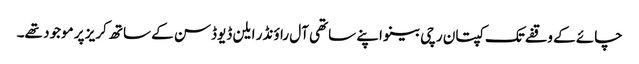
چائے کے وقفے تک کپتان رچی بینو اپنے ساتھی آل راؤنڈر ایلن ڈیوڈسن کے ساتھ کریز پر موجود تھے۔